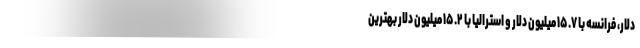
دلار، فرانسه با ۱۵.۷ میلیون دلار و استرالیا با ۱۵.۲ میلیون دلار بهترین